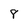
Character: 8